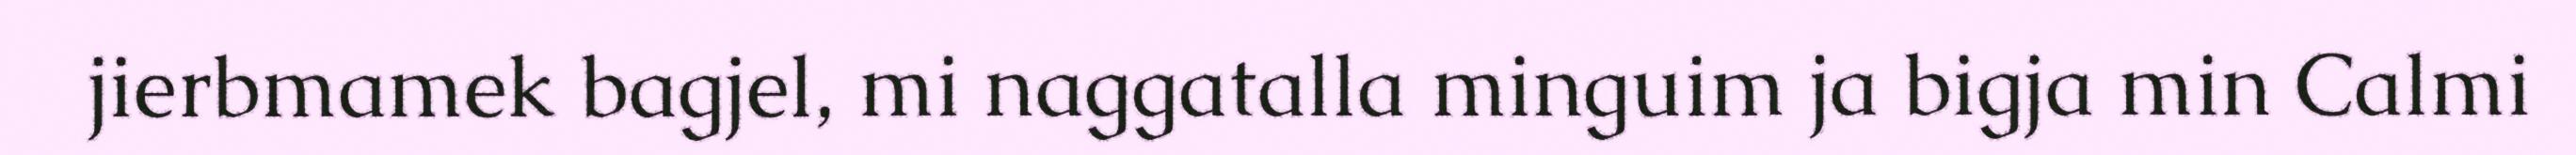
jierbmamek bagjel, mi naggatalla minguim ja bigja min Calmi